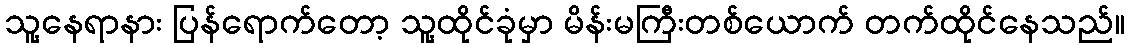
သူ့နေရာနား ပြန်ရောက်တော့ သူ့ထိုင်ခုံမှာ မိန်းမကြီးတစ်ယောက် တက်ထိုင်နေသည်။